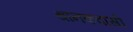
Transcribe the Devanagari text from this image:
थानकवासी